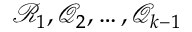
\mathcal { R } _ { 1 } , \mathcal { Q } _ { 2 } , \ldots , \mathcal { Q } _ { k - 1 }